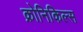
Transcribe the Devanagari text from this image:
क्रोनिकिल्स